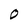
Character: 0